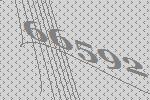
66592